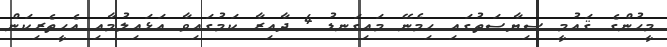
މީހުންގެ ޤައުމީ ސިޔާސަތުގައި ހިމެނޭ މައިގަނޑު 4 ދާއިރާ ކަމުގައިވާ އަޅައިލުމާއި އެހީތެރިކަން